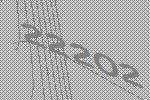
22202